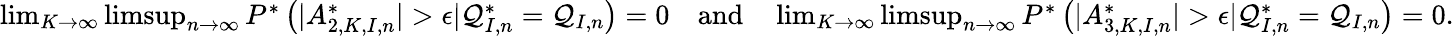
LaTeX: \begin{array}{r}{\operatorname*{lim}_{K\rightarrow\infty}\operatorname*{limsup}_{n\rightarrow\infty}P^{*}\left(|A_{2,K,I,n}^{*}|>\epsilon|\mathcal{Q}_{I,n}^{*}=\mathcal{Q}_{I,n}\right)=0\quad\mathrm{and}\quad\operatorname*{lim}_{K\rightarrow\infty}\operatorname*{limsup}_{n\rightarrow\infty}P^{*}\left(|A_{3,K,I,n}^{*}|>\epsilon|\mathcal{Q}_{I,n}^{*}=\mathcal{Q}_{I,n}\right)=0.}\end{array}